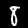
Digit: 8